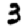
Digit: 3